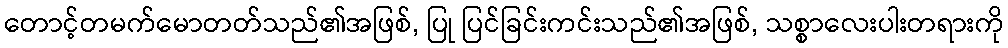
တောင့်တမက်မောတတ်သည်၏အဖြစ်, ပြု ပြင်ခြင်းကင်းသည်၏အဖြစ်, သစ္စာလေးပါးတရားကို